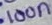
Text: 100n